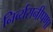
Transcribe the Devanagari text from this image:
निर्व्यसनीपणा